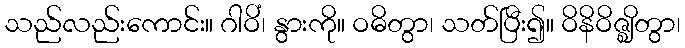
သည်လည်းကောင်း။ ဂါဝိံ၊ နွားကို။ ဝဓိတွာ၊ သတ်ပြီး၍။ ဝိနိဝိဇ္ဈိတွာ၊